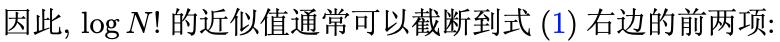
因此, $\log N!$ 的近似值通常可以截断到式 \((1)\) 右边的前两项: